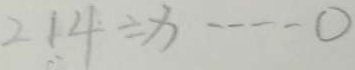
2 1 4 \div x \cdots 0